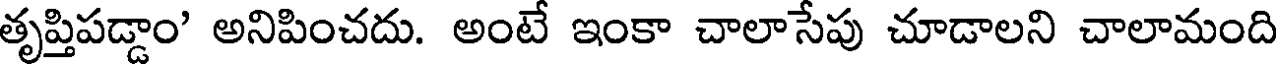
తృప్తిపడ్డాం' అనిపించదు. అంటే ఇంకా చాలాసేపు చూడాలని చాలామంది